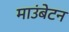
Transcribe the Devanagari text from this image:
माउंबेटन